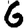
Digit: 6